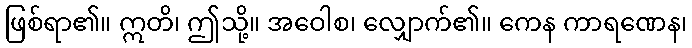
ဖြစ်ရာ၏။ ဣတိ၊ ဤသို့။ အဝေါစ၊ လျှောက်၏။ ကေန ကာရဏေန၊